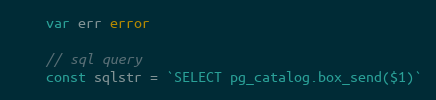
Language: Go
	var err error

	// sql query
	const sqlstr = `SELECT pg_catalog.box_send($1)`